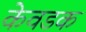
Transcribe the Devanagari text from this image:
केवडक